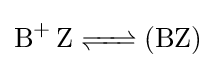
{\ce {{B}+ Z <=> (BZ)}}